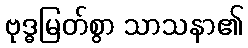
ဗုဒ္ဓမြတ်စွာ သာသနာ၏